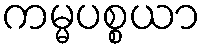
ကမ္မပစ္စယာ